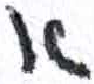
אות: א